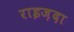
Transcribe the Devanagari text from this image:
राइज़दा